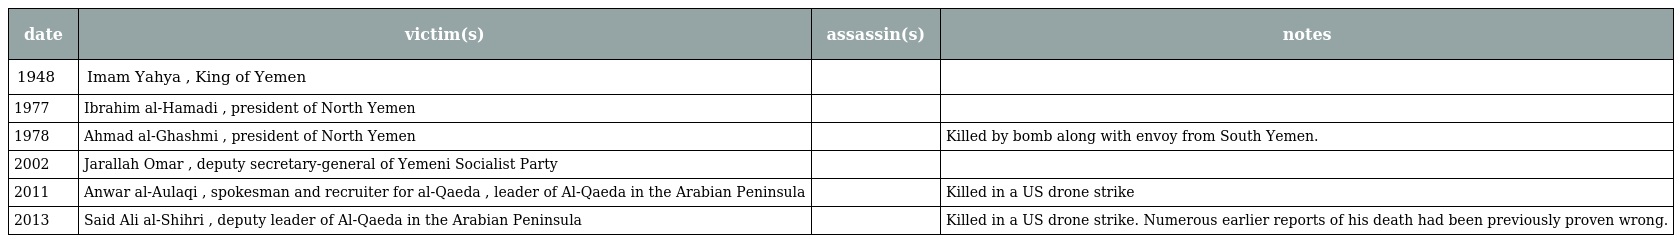
| date | victim(s) | assassin(s) | notes |
 | --- | --- | --- | --- |
 | 1948 | Imam Yahya , King of Yemen |  |  |
 | 1977 | Ibrahim al-Hamadi , president of North Yemen |  |  |
 | 1978 | Ahmad al-Ghashmi , president of North Yemen |  | Killed by bomb along with envoy from South Yemen. |
 | 2002 | Jarallah Omar , deputy secretary-general of Yemeni Socialist Party |  |  |
 | 2011 | Anwar al-Aulaqi , spokesman and recruiter for al-Qaeda , leader of Al-Qaeda in the Arabian Peninsula |  | Killed in a US drone strike |
 | 2013 | Said Ali al-Shihri , deputy leader of Al-Qaeda in the Arabian Peninsula |  | Killed in a US drone strike. Numerous earlier reports of his death had been previously proven wrong. |